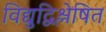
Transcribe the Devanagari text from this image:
विद्युद्विश्लेषित